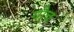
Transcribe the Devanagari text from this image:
गोच